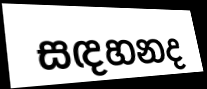
සඳහනද